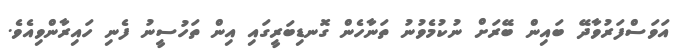
އަވަސްފަރުވާދޭ ބައިން ބޭރަށް ނުކުމެވުނު ތަނާހެން ގޮނޑިބަރީގައި އިން ތަހުސީނު ފެނި ހައިރާންވިއެވެ.